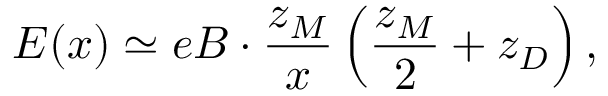
E ( x ) \simeq e B \cdot \frac { z _ { M } } { x } \left( \frac { z _ { M } } { 2 } + z _ { D } \right) ,